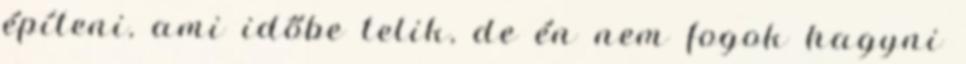
építeni, ami időbe telik, de én nem fogok hagyni